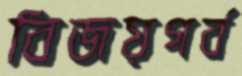
বিজয়গর্ব